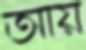
আয়